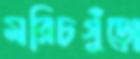
মরিচগুঁড়ো